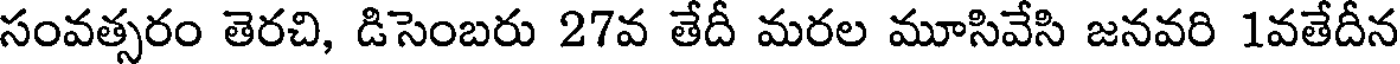
సంవత్సరం తెరచి, డిసెంబరు 27వ తేదీ మరల మూసివేసి జనవరి 1వతేదీన